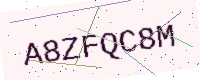
Text: A8ZFQC8M